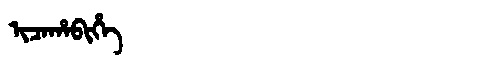
Manchu: ᡳᠴᠠᡥᠠᠪᡳᡥᡝ
Romanization: ICAHABIHE